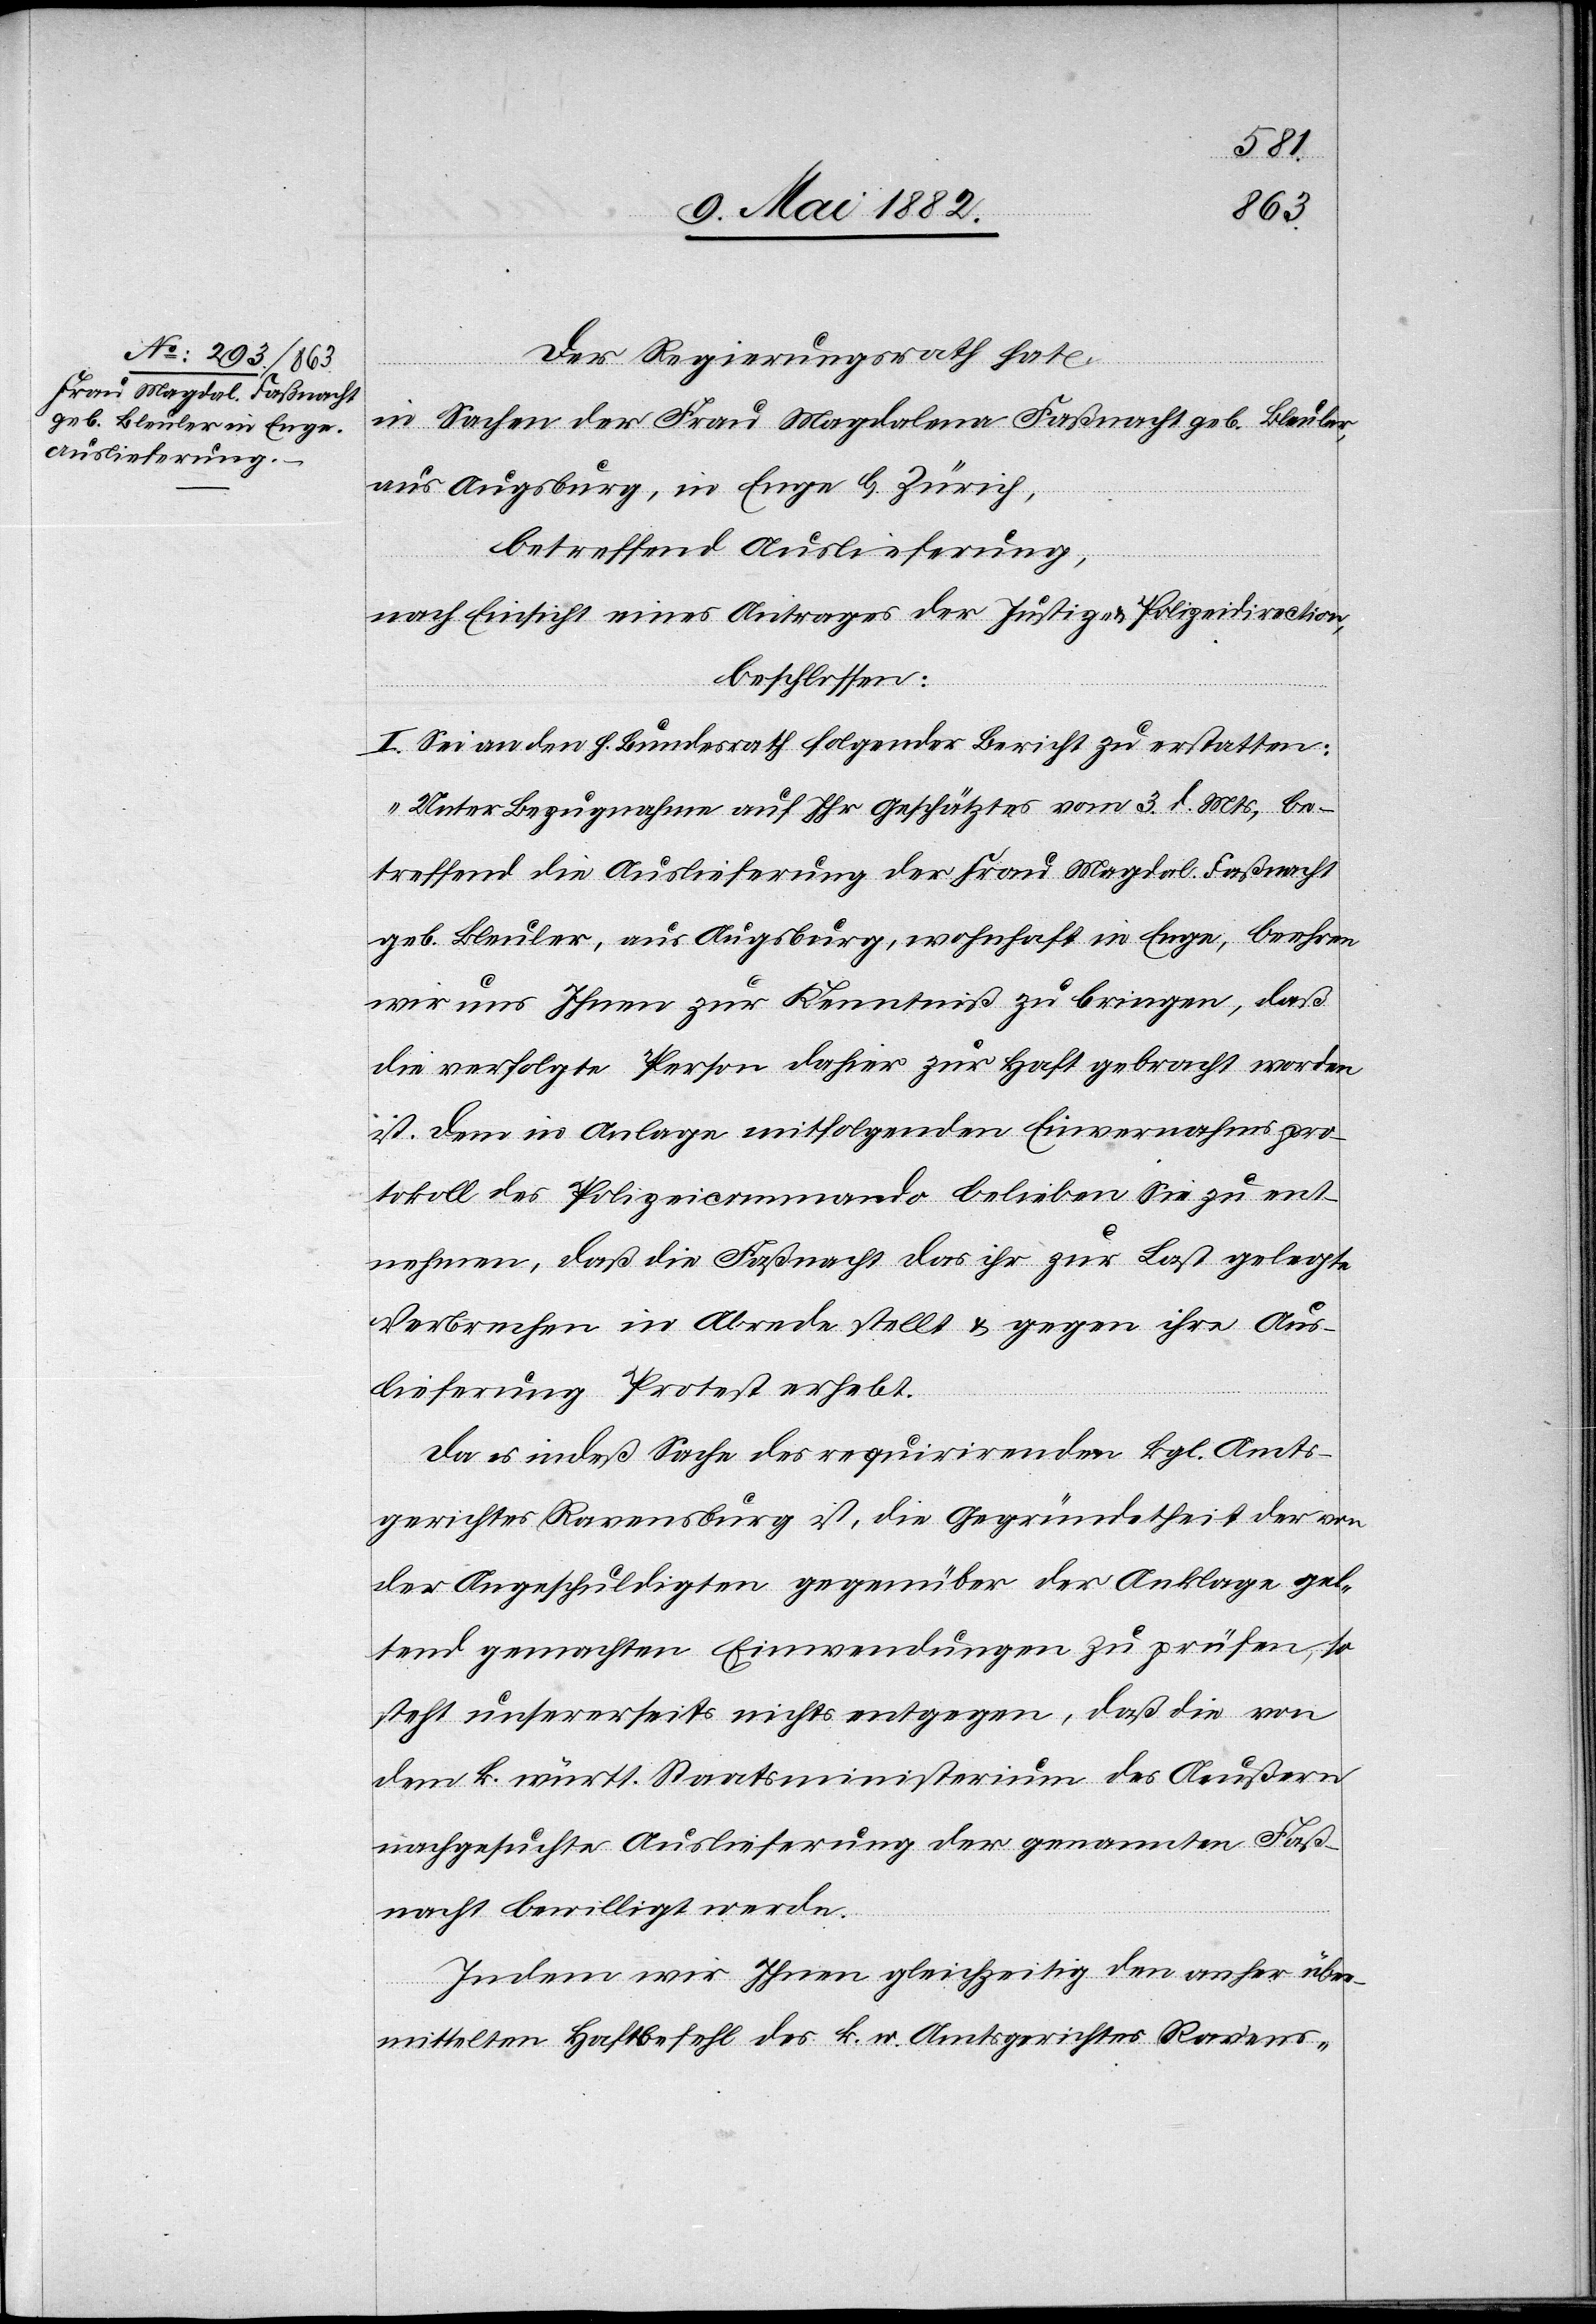
19. Mai 1882.]
Der Regierungsrath hat
in Sachen der Frau Magdalena Faßnacht geb. Bleuler,
aus Augsburg, in Enge b. Zürich,
betreffend Auslieferung,
nach Einsicht eines Antrages der Justiz- & Polizeidirection,
beschlossen:
I. Sei an den h. Bundesrath folgender Bericht zu erstatten:
„Unter Bezugnahme auf Ihr Geschätztes vom 3. d. Mts., be¬
treffend die Auslieferung der Frau Magdalena Faßnacht
geb. Bleuler, aus Augsburg, wohnhaft in Enge, beehren
wir uns Ihnen zur Kenntniß zu bringen, daß
die erfolgte Person dahier zur Haft gebracht worden
ist. Dem in Anlage mitfolgenden Einvernahmspro¬
tokoll des Polizeicommando belieben Sie zu ent¬
nehmen, daß die Faßnacht das ihr zur Last gelegte
Verbrechen in Abrede stellt & gegen ihre Aus¬
lieferung Protest erhebt.
Da es indeß Sache des requirirenden kgl. Amts¬
gerichtes Ravensburg ist, die Gegründetheit der von
der Angeschuldigten gegenüber der Anklage gel¬
tend gemachten Einwendungen zu prüfen, so
steht unserseits nichts entgegen, daß die von
dem k. württ. Staatsministerium des Aeußern
nachgesuchte Auslieferung der genannten Faß¬
nacht bewilligt werde.
Indem wir Ihnen gleichzeitig den anher über¬
mittelten Haftbefehl des k. w. Amtsgerichtes Ravens-